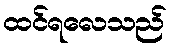
ထင်ရလေသည်